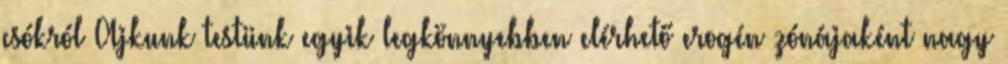
csókról Ajkunk testünk egyik legkönnyebben elérhető erogén zónájaként nagy